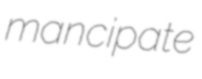
mancipate